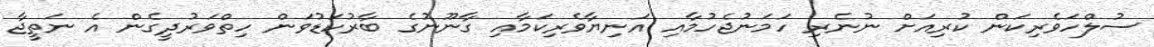
ސުލްހަވެރިކަން ކުރިއަށް ނުނެރި ހަމަނުޖެހުމާއި އަނިޔާވެރިކަމާއި ގާނޫނުގެ ބާރުކަޑުވަން ހިތްވަރުދީގެން އެ ނަތީޖާ